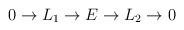
LaTeX: \begin{align*} 0\to L_1\to E\to L_2\to 0\end{align*}